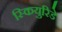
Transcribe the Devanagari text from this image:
स्कियुरिडे